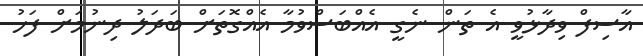
އާސިފް ވިދާޅުވީ އެ ތަން ނެގީ އެއްބަސްވުމާ އެއްގޮތަށް ބަދަލު ދިނުމަށް ފަހު